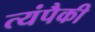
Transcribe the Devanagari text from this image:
त्यंपैकी